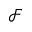
\mathcal { F }